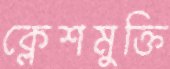
ক্লেশমুক্তি